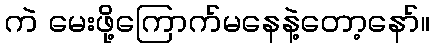
ကဲ မေးဖို့ကြောက်မနေနဲ့တော့နော်။